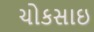
ચોકસાઇ